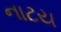
નાટય